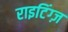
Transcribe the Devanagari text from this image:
राइटिंग्ज़